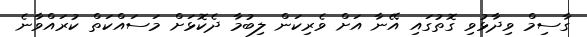
ގާސިމް ވިދާޅުވި ގޮތުގައި އޭނާ އަށް ވެރިކަން ލިބުމާ ދެކޮޅަށް މަސައްކަތް ކުރައްވާނެ